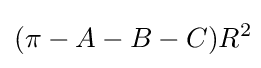
(\pi -A-B-C)R^{2}{}{}\!